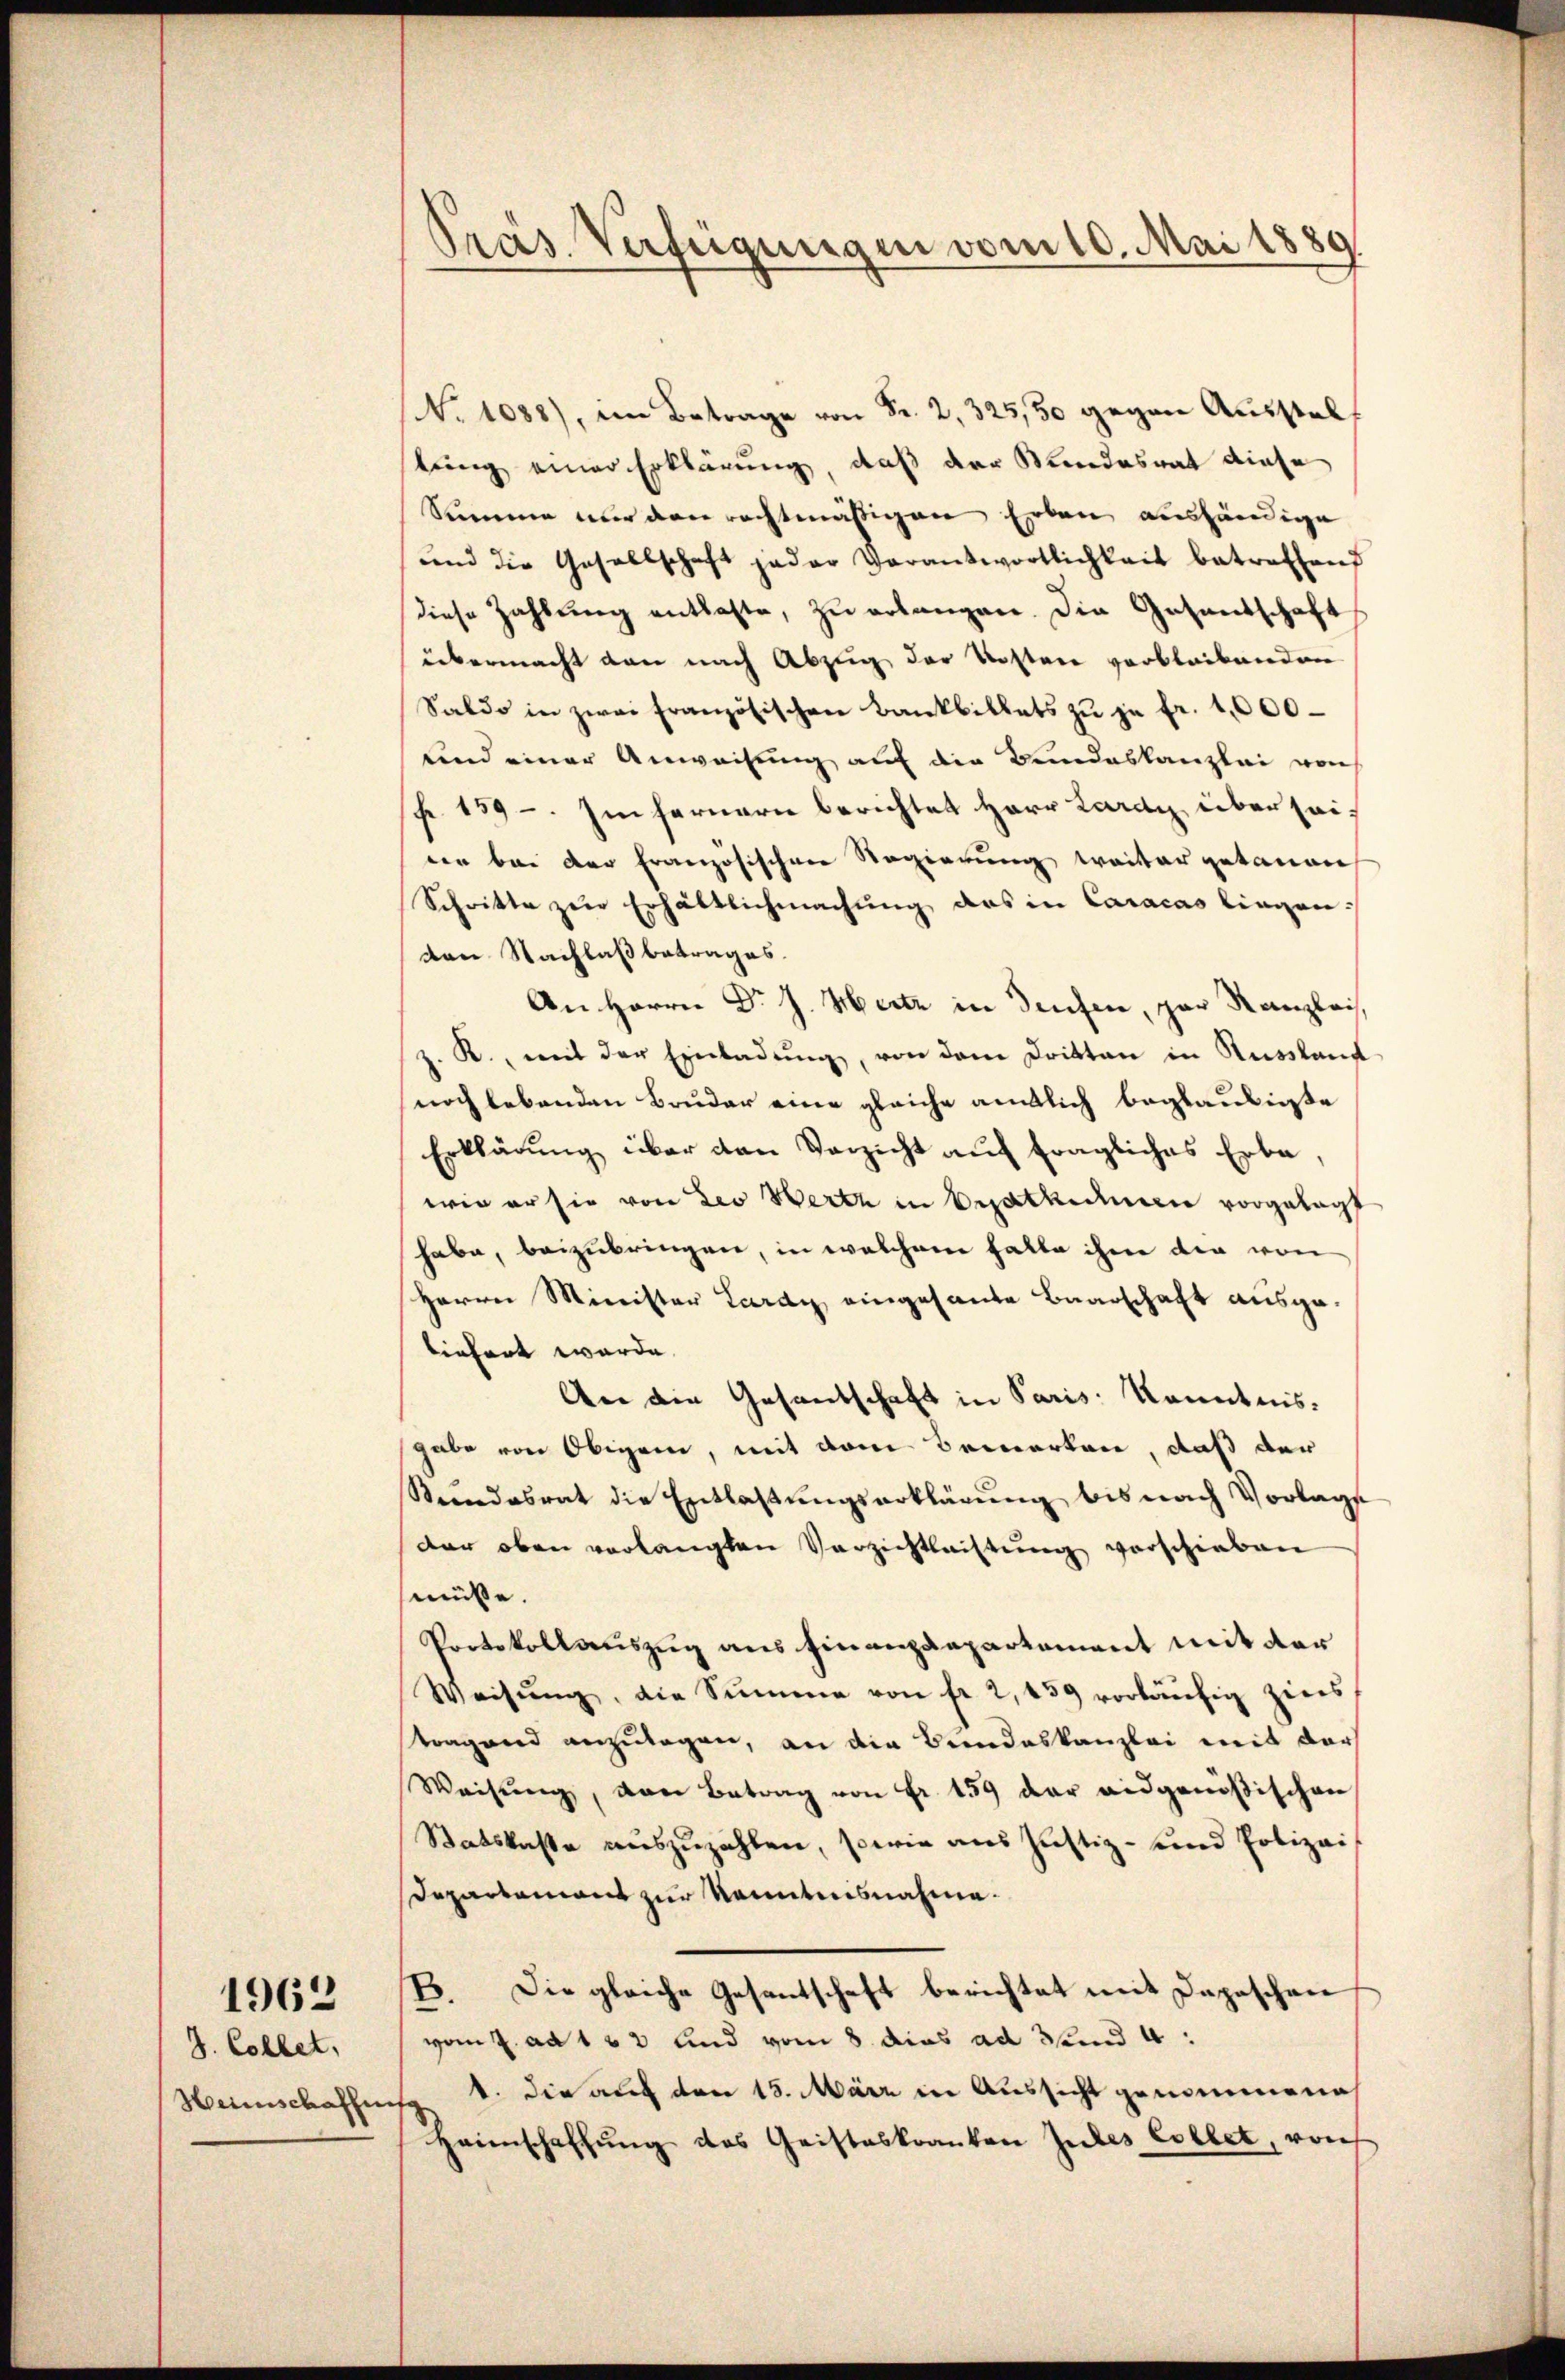
d. Collet,
Heimschaffen

1962

Pras Verfeigungen vom 10. Mai 1889

No 1088), im Betrage von Fr. 2, 325, 30 gegen Aussteltung einer Erklärung, daß der Stundesrat diese
Summe nur den rechtmäßigen Erben aushändige
und die Gesellschaft jeder Verantwortlichkeit betreffend
diese Zahlŭng entlaste, zŭ erlangen. Die Gesandschaft
übermacht dann nach Abzug der Kosten verbleibenden
Saldo in zwei Französischen Bankbillets zu je fr. 1,000
und einer Anweisung auf die Bundeskanzlei von
Fr. 159 - Im fernern berichtet Herr Lardy über seiven bei der französischen Regierung weiter getauen
Schritte zur Erhältlichmachung des in Caracas liegenden Nachlaß betrages.
An Herrn Dr J. Heitz in deuten, zur Kanzlei,
z. R., mit der Einladŭng, von dem Dritten in Russlauf
noch lebenden Bruder eine gleiche amtlich beglaubigte
Erklärung über den Verzicht auf fragliches Erbe,
wie er sie von Leo Werte in Besatten vorgelegt
habe, beizubringen, in welchem Falle ihre die von
Herrn Minister Lardy eingesante Baarschaft ausge-
liefert wurde.
An die Gesandschaft in Paris Kenntnis-
gabe von Obigen, mit dem Bemerken, daß der
Stundesrat die Entlaßungserklärung bis nach Vorlags
dar oben verlangten Verzichtleistung verschieben
müsse.
Protokollauszug aus Finanzdepartement mit der
Weisŭng, die Summe von fr. 2, 439 vorläŭfig zins
stragend anzulagen, an die Bundeskanzlei mit der
Weisŭng, von Betrag von Fr. 159 der eidgenößischen
Satskaste auszuzahlen, sowie aus Justiz- und Polizei¬
Departement zur Kenntnisnahme.
B. Die gleiche Gesantschaft berichtet mit Depeschen
vom 2. ad 163 und vom 8. dies ad 3 und 4:
1. die auch den 15. März in Aussicht genommene
Heimschaffŭng des Geisteskranken Judes Collet, von